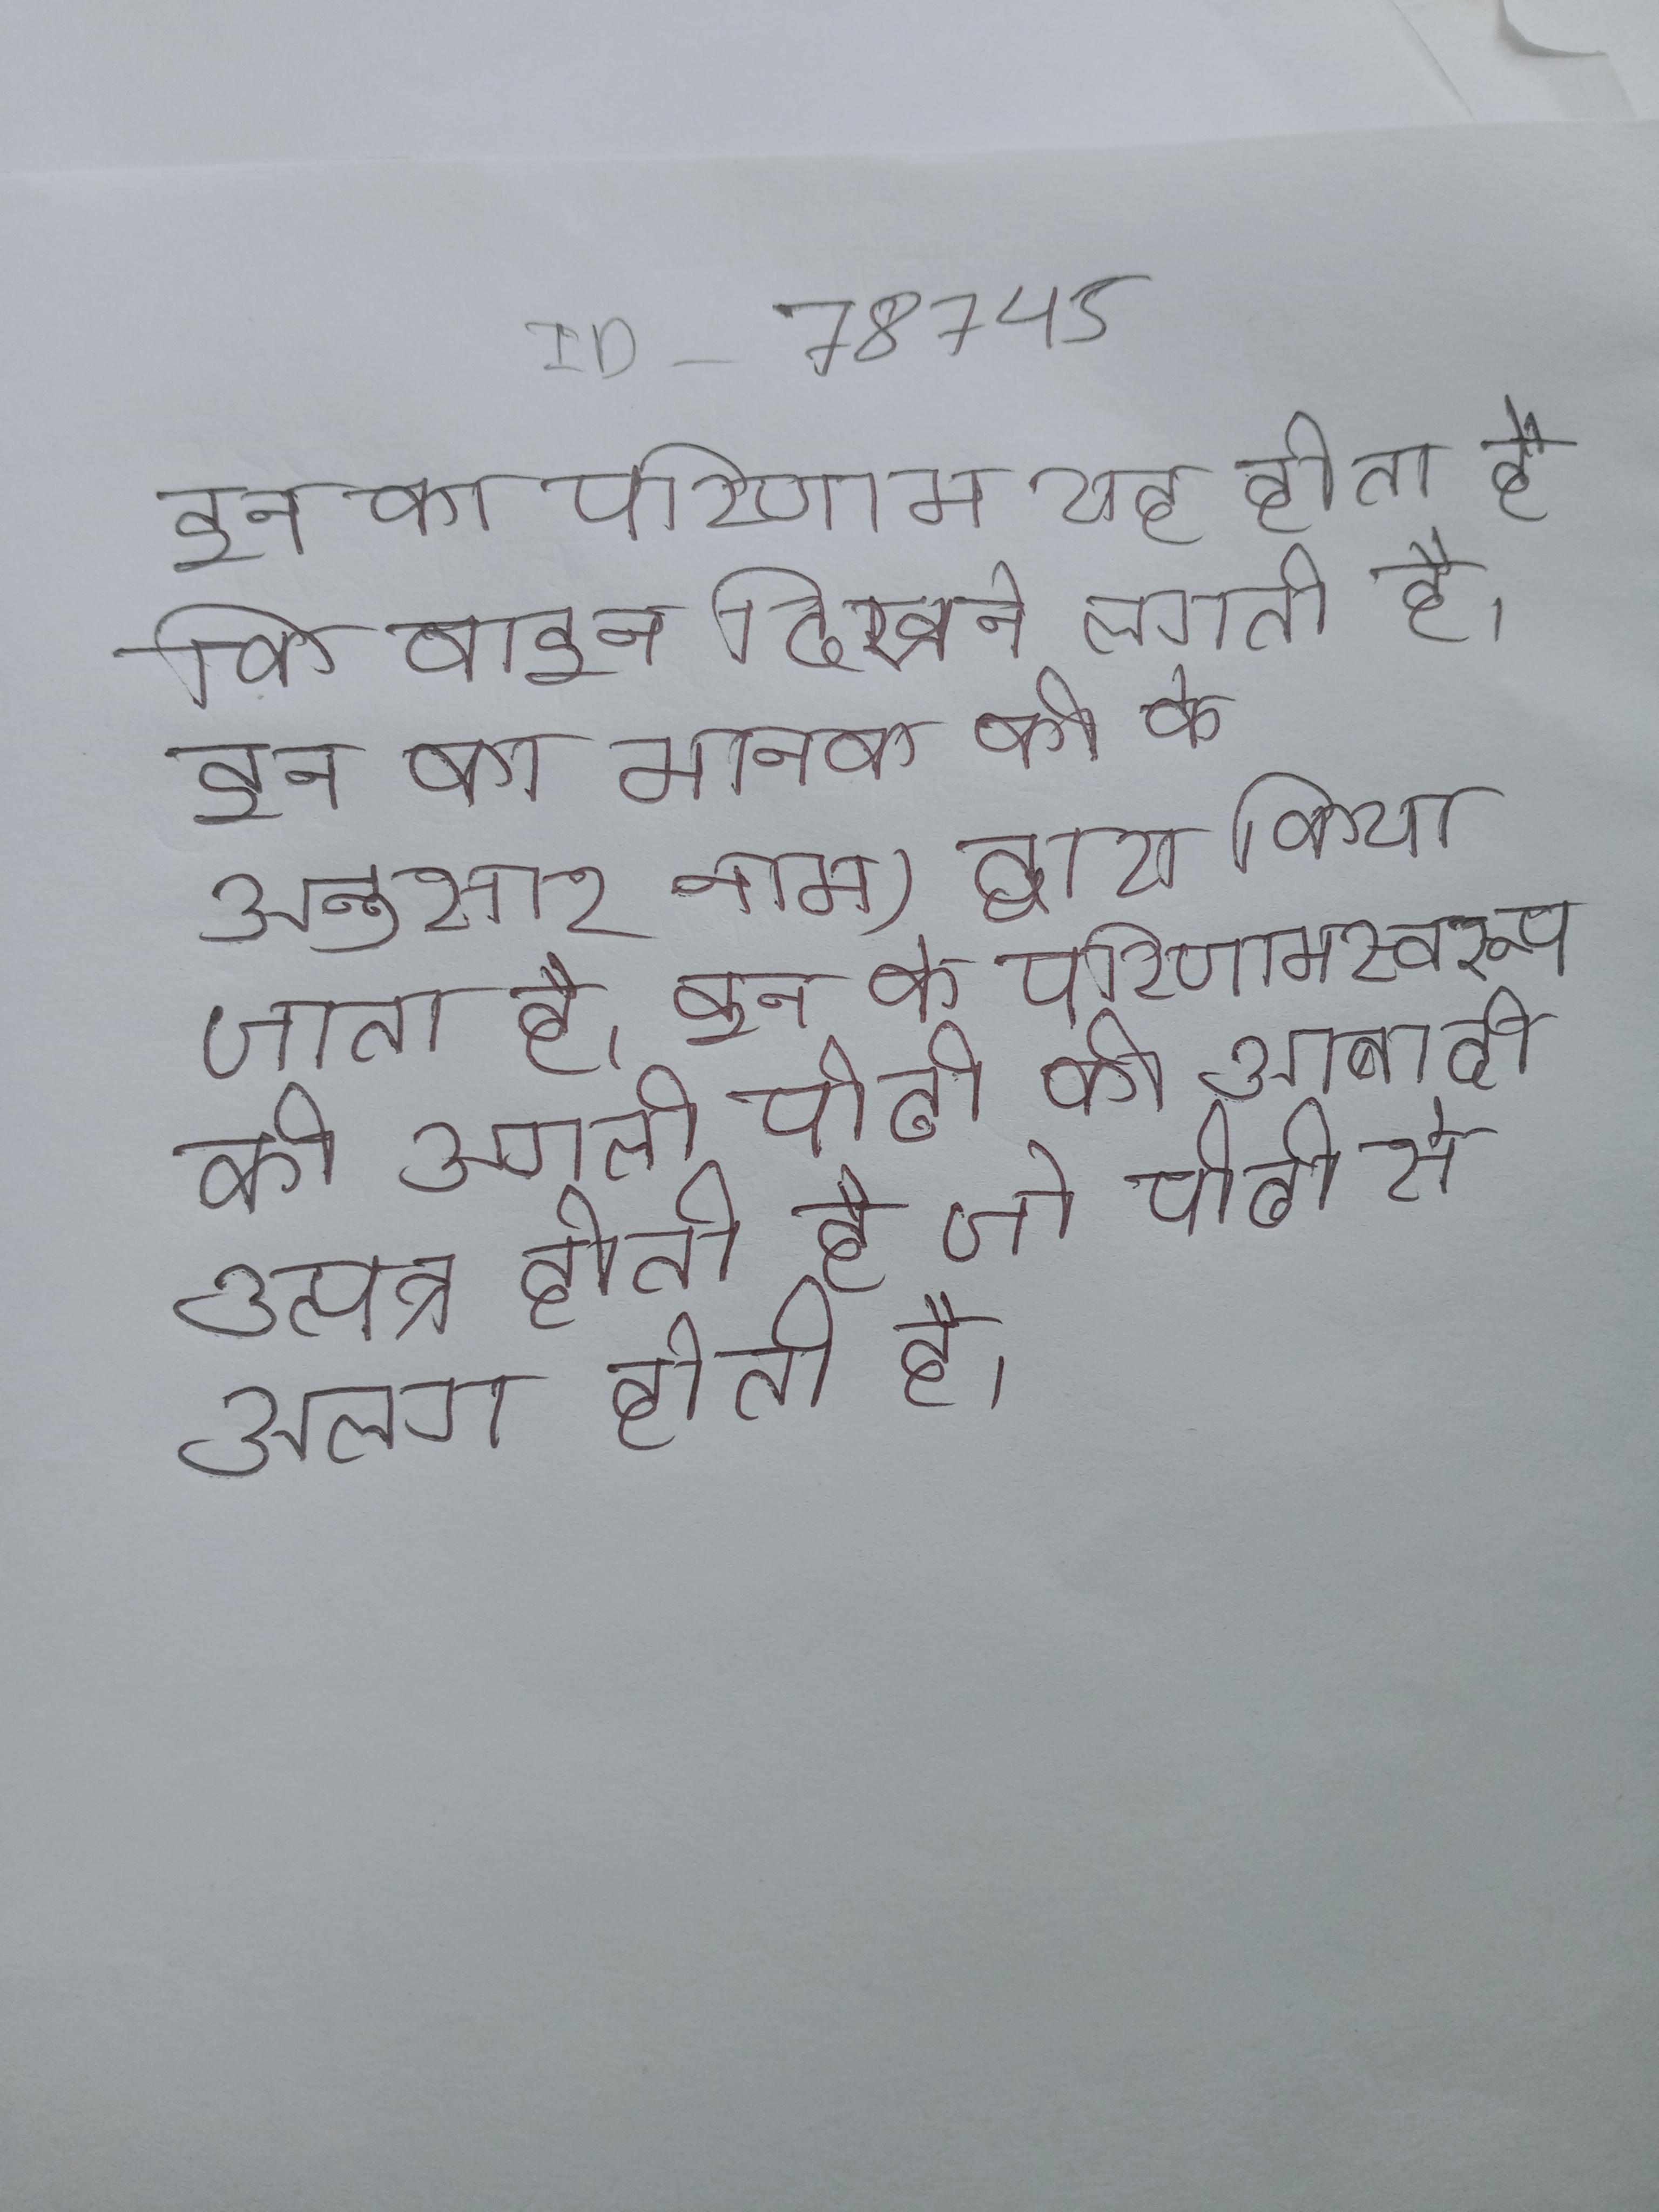
इन का परिणाम यह होता है कि वाइन दिखने लगती है । इन का मानक की के अनुसार नाम) द्वारा किया जाता है । इन के परिणामस्वरूप की अगली पीढी की आबादी उत्पन्न होती है जो पीढी से अलग होती है ।